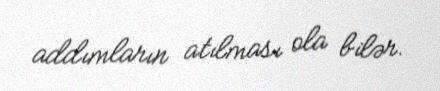
addımların atılması ola bilər.